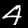
Digit: 4